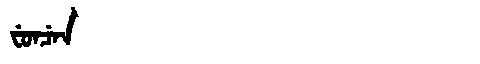
Manchu: ᠸᡠᠨᠴᡝᠨ
Romanization: FUNCEN